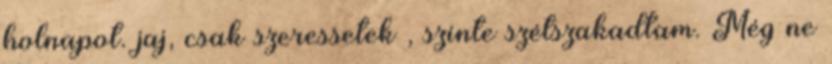
holnapot. jaj, csak szeressetek , szinte szétszakadtam. Még ne